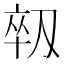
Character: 𫦈